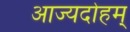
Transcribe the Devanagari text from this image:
आज्यदोहम्